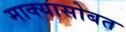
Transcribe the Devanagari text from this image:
माक्यासोबत